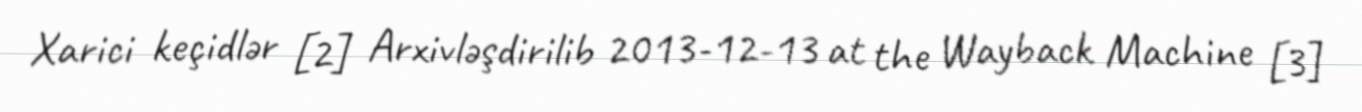
Xarici keçidlər [2] Arxivləşdirilib 2013-12-13 at the Wayback Machine [3]